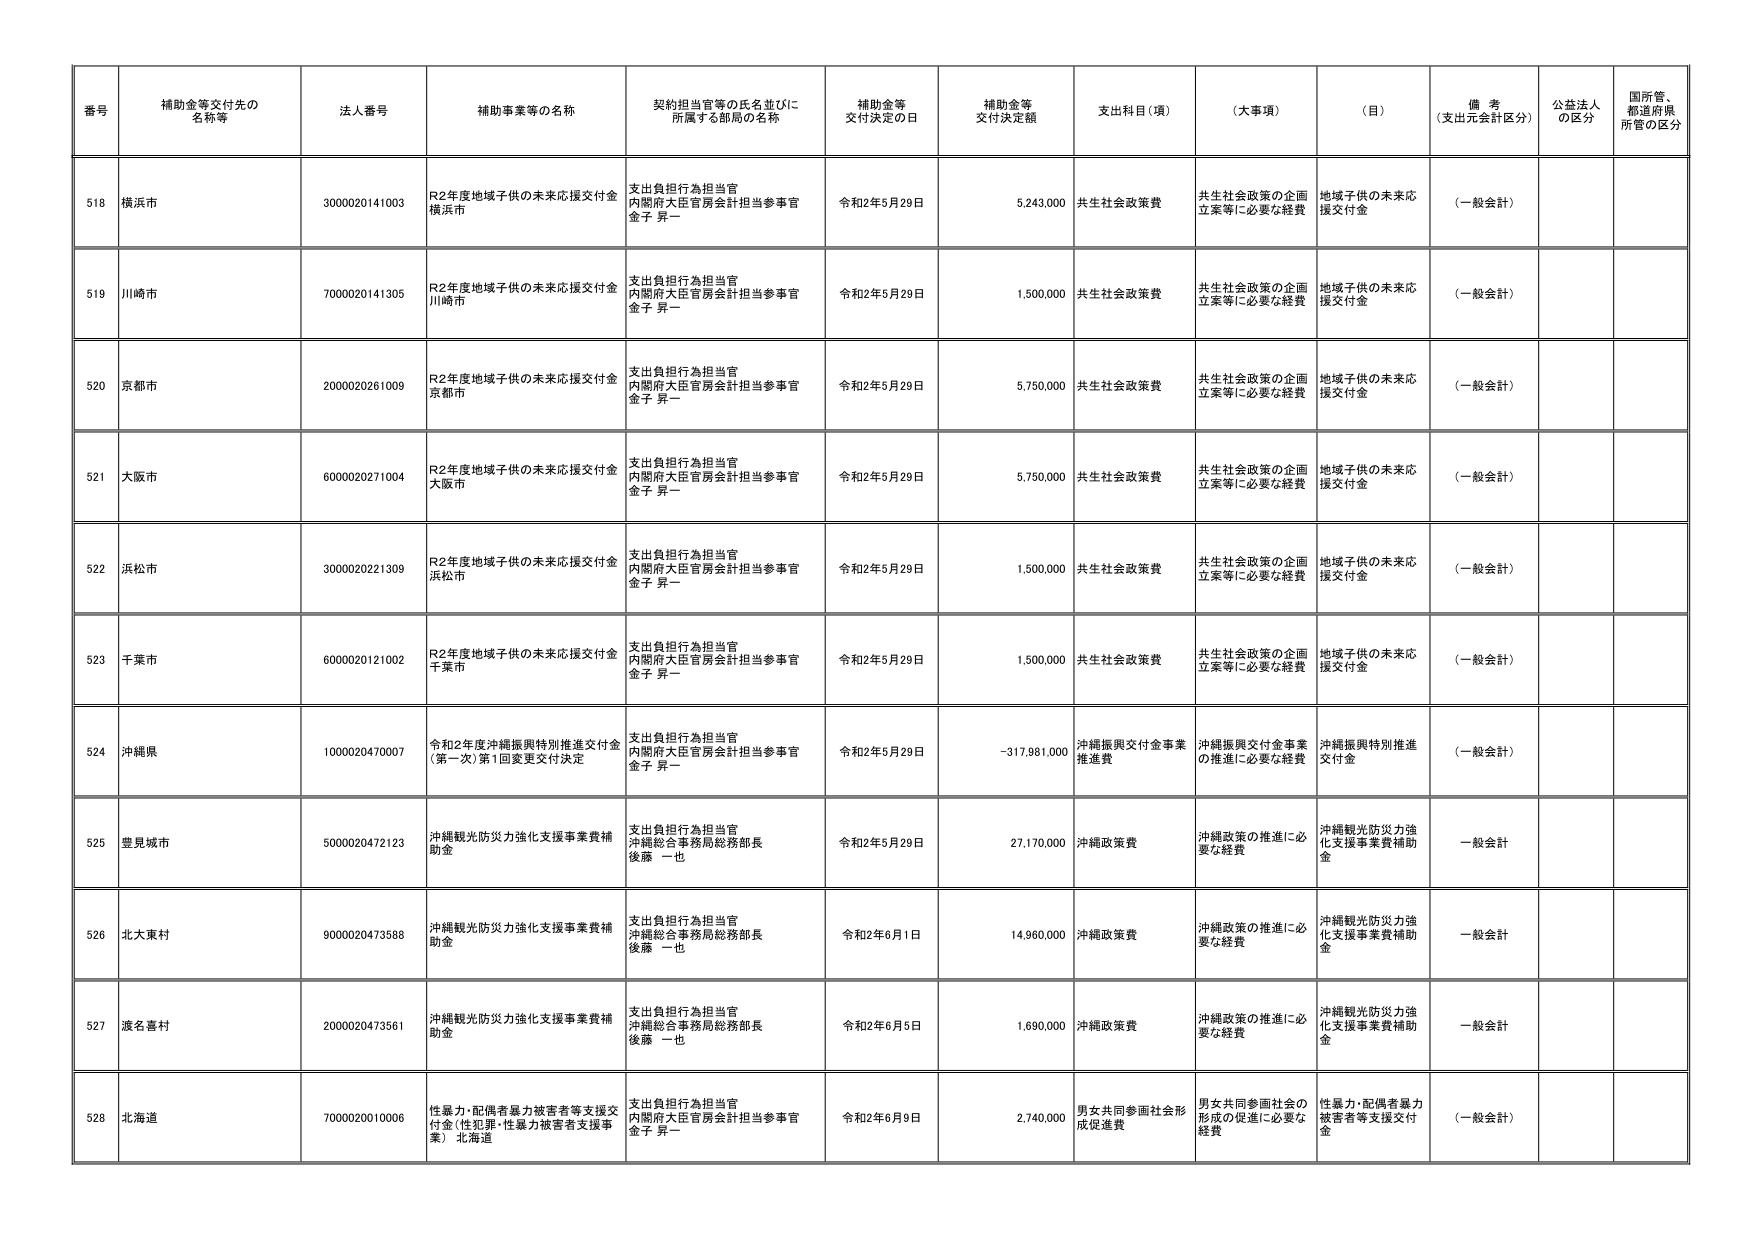
番号 補助金等交付先の名称等 法人番号 補助事業等の名称 契約担当官等の氏名並びに所属する部局の名称 補助金等交付決定の日 補助金等交付決定額 支出科目（項） （大事項） （目） 備考（支出元会計区分） 公益法人の区分 国所管、都道府県所管の区分

518 横浜市 3000020141003 R2年度地域子供の未来応援交付金 横浜市 支出負担行為担当官 内閣府大臣官房会計担当参事官 金子 昇一 令和2年5月29日 5,243,000 共生社会政策費 共生社会政策の企画立案等に必要な経費 地域子供の未来応援交付金 （一般会計）

519 川崎市 7000020141305 R2年度地域子供の未来応援交付金 川崎市 支出負担行為担当官 内閣府大臣官房会計担当参事官 金子 昇一 令和2年5月29日 1,500,000 共生社会政策費 共生社会政策の企画立案等に必要な経費 地域子供の未来応援交付金 （一般会計）

520 京都市 2000020261009 R2年度地域子供の未来応援交付金 京都市 支出負担行為担当官 内閣府大臣官房会計担当参事官 金子 昇一 令和2年5月29日 5,750,000 共生社会政策費 共生社会政策の企画立案等に必要な経費 地域子供の未来応援交付金 （一般会計）

521 大阪市 6000020271004 R2年度地域子供の未来応援交付金 大阪市 支出負担行為担当官 内閣府大臣官房会計担当参事官 金子 昇一 令和2年5月29日 5,750,000 共生社会政策費 共生社会政策の企画立案等に必要な経費 地域子供の未来応援交付金 （一般会計）

522 浜松市 3000020221309 R2年度地域子供の未来応援交付金 浜松市 支出負担行為担当官 内閣府大臣官房会計担当参事官 金子 昇一 令和2年5月29日 1,500,000 共生社会政策費 共生社会政策の企画立案等に必要な経費 地域子供の未来応援交付金 （一般会計）

523 千葉市 6000020121002 R2年度地域子供の未来応援交付金 千葉市 支出負担行為担当官 内閣府大臣官房会計担当参事官 金子 昇一 令和2年5月29日 1,500,000 共生社会政策費 共生社会政策の企画立案等に必要な経費 地域子供の未来応援交付金 （一般会計）

524 沖縄県 1000020470007 令和2年度沖縄振興特別推進交付金（第一次）第1回変更交付決定 支出負担行為担当官 内閣府大臣官房会計担当参事官 金子 昇一 令和2年5月29日 -317,981,000 沖縄振興交付金事業推進費 沖縄振興交付金事業の推進に必要な経費 沖縄振興特別推進交付金 （一般会計）

525 豊見城市 5000020472123 沖縄観光防災力強化支援事業費補助金 支出負担行為担当官 沖縄総合事務局総務部長 後藤 一也 令和2年5月29日 27,170,000 沖縄政策費 沖縄政策の推進に必要な経費 沖縄観光防災力強化支援事業費補助金 一般会計

526 北大東村 9000020473588 沖縄観光防災力強化支援事業費補助金 支出負担行為担当官 沖縄総合事務局総務部長 後藤 一也 令和2年6月1日 14,960,000 沖縄政策費 沖縄政策の推進に必要な経費 沖縄観光防災力強化支援事業費補助金 一般会計

527 渡名喜村 2000020473561 沖縄観光防災力強化支援事業費補助金 支出負担行為担当官 沖縄総合事務局総務部長 後藤 一也 令和2年6月5日 1,690,000 沖縄政策費 沖縄政策の推進に必要な経費 沖縄観光防災力強化支援事業費補助金 一般会計

528 北海道 7000020010006 性暴力・配偶者暴力被害者等支援交付金（性犯罪・性暴力被害者支援事業） 北海道 支出負担行為担当官 内閣府大臣官房会計担当参事官 金子 昇一 令和2年6月9日 2,740,000 男女共同参画社会形成促進費 男女共同参画社会の形成の促進に必要な経費 性暴力・配偶者暴力被害者等支援交付金 （一般会計）